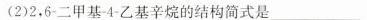
(2)2，6-二甲基-4-乙基辛烷的结构简式是____